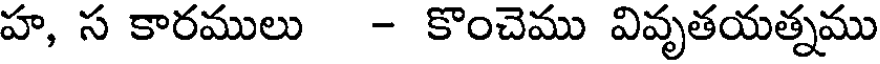
హ, స కారములు - కొంచెము వివృతయత్నము